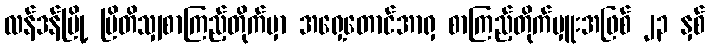
လန်ဒန်မြို့ ဗြိတိသျှစာကြည့်တိုက်မှာ အရှေ့တောင်အာရှ စာကြည့်တိုက်မှူးအဖြစ် ၂၃ နှစ်